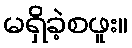
မရှိခဲ့စဖူး။